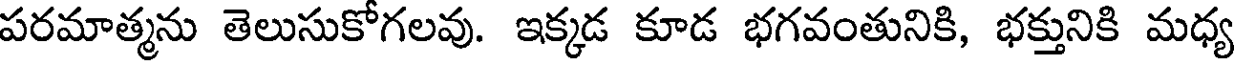
పరమాత్మను తెలుసుకోగలవు. ఇక్కడ కూడ భగవంతునికి, భక్తునికి మధ్య